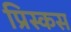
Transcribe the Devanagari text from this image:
प्रिस्कस